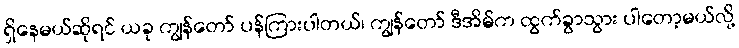
ရှိနေမယ်ဆိုရင် ယခု ကျွန်တော် ပန်ကြားပါတယ်၊ ကျွန်တော် ဒီအိမ်က ထွက်ခွာသွား ပါတော့မယ်လို့